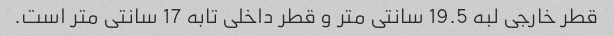
قطر خارجی لبه 19.5 سانتی متر و قطر داخلی تابه 17 سانتی متر است.